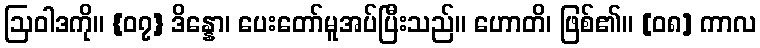
ဩဝါဒကို။ {၀၇} ဒိန္နော၊ ပေးတော်မူအပ်ပြီးသည်။ ဟောတိ၊ ဖြစ်၏။ [၀၈] ကာလ